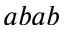
a b a b